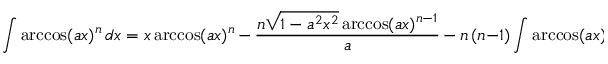
\int \operatorname { a r c c o s } ( a x ) ^ { n } \, d x = x \operatorname { a r c c o s } ( a x ) ^ { n } \, - \, { \frac { n { \sqrt { 1 - a ^ { 2 } x ^ { 2 } } } \operatorname { a r c c o s } ( a x ) ^ { n - 1 } } { a } } \, - \, n \, ( n - 1 ) \int \operatorname { a r c c o s } ( a x ) ^ { n - 2 } \, d x